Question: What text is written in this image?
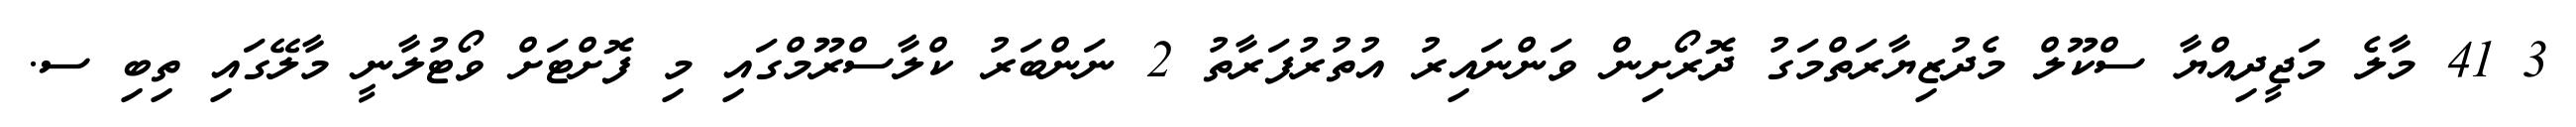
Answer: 3 41 މާލެ މަޖީދިއްޔާ ސްކޫލް މެދުޒިޔާރަތްމަގު ދޮރޯށިން ވަންނައިރު އުތުރުފަރާތު 2 ނަންބަރު ކްލާސްރޫމްގައި މި ފޮށްޓަށް ވޯޓުލާނީ މާލޭގައި ތިބި ސ.